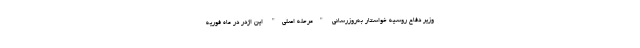
وزیر دفاع روسیه خواستار به‌روزرسانی "مرحله اصلی" این اژدر در ماه فوریه